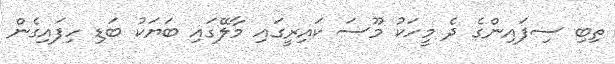
ތިބި ސިފައިންގެ ދެ މީހަކު މޫސަ ކައިރީގައި މާލޭގައި ބަޔަކު ބަޑި ހިފައިގެން